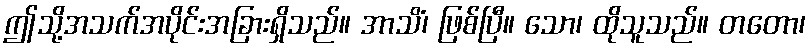
ဤသို့အသက်အပိုင်းအခြားရှိသည်။ အာသိံ၊ ဖြစ်ပြီ။ သော၊ ထိုသူသည်။ တတော၊